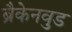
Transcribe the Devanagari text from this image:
ब्रैकेनवुड